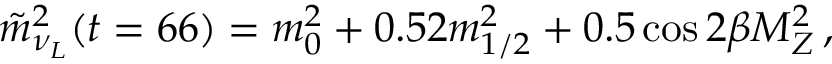
\tilde { m } _ { \nu _ { L } } ^ { 2 } ( t = 6 6 ) = m _ { 0 } ^ { 2 } + 0 . 5 2 m _ { 1 / 2 } ^ { 2 } + 0 . 5 \cos { 2 \beta } M _ { Z } ^ { 2 } \, ,